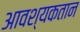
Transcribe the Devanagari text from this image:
आवश्यकतान